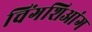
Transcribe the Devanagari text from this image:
चिंगशिआंग